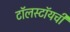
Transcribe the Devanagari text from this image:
टॉलस्टॉयची